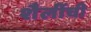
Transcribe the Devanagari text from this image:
शैलींची